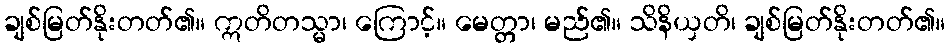
ချစ်မြတ်နိုးတတ်၏။ ဣတိတသ္မာ၊ ကြောင့်။ မေတ္တာ၊ မည်၏။ သိနိယှတိ၊ ချစ်မြတ်နိုးတတ်၏။